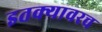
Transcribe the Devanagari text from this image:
इतक्यावरच